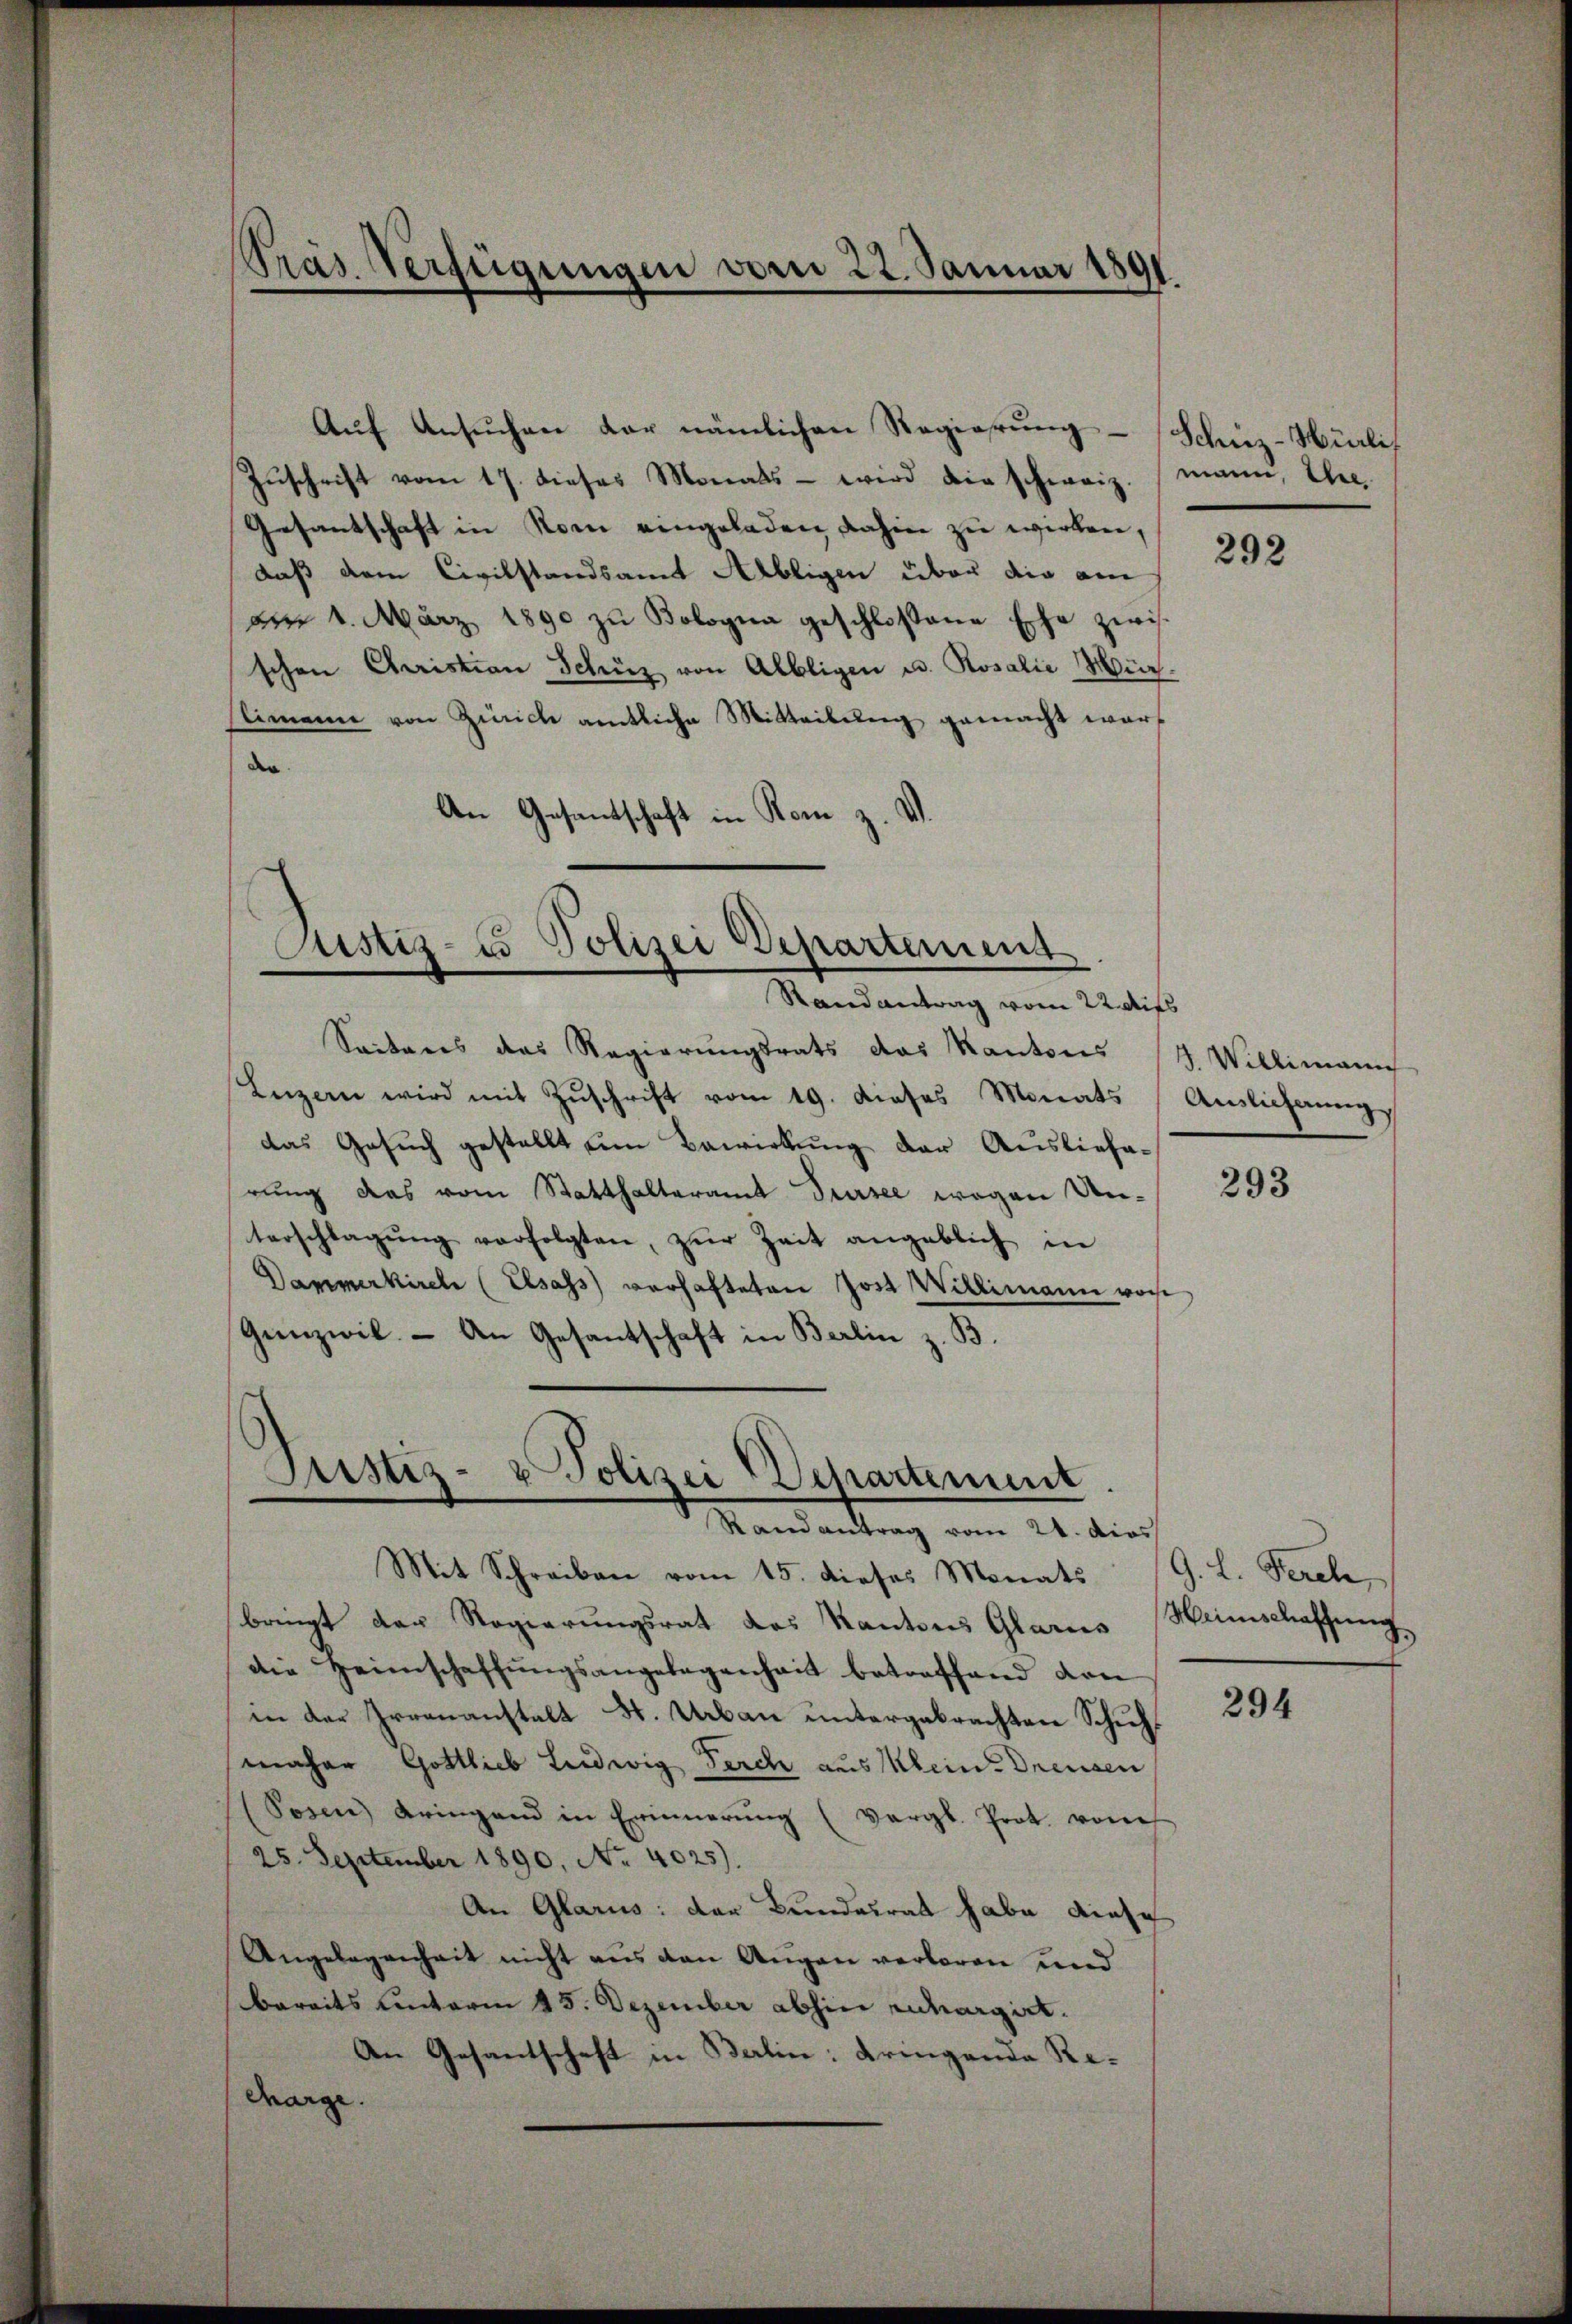
Zuschrift vom 17. dieses Monats - wird die schweiz. (mann, Ehe¬
Gesantschaft in Rom eingeladen dahin zu wirken,
daß dem Civilstandsamt Albligen über die am
am 4. März 1890 zu Bologna geschloßene Ehe zwis.
schen Christian Schüz von Albligen u. Rosalie Würstimme von Zürich amtliche Mitteilung gemacht warf
de
An Gesantschaft in Rom z. V.

Präs. Verfügungen vom 22. Januar 1891

Aŭf Ansuchen der nämlichen Regierung - Schüz-Hürli

Justiz- u Polizei Departement
Randantrag vom 22. Aufs

Justiz- & Polizei Departement.
Randantrag vom 24. dies

Seiteres das Regierungsrats das Kantons (4. Willimanch
Luzern wird mit Zŭschrift vom 19. dieses Monats
das Gesuch gestellt um Bewirkung der Auslieferung das vom Statthalteramt Sursee wegen Unterschlagŭng verfolgten, zŭr Zeit angeblich in
Danmerkirch (Elsass verhafteten Jost Willimann vor
Geezwil. – An Gesantschaft in Berlin z. B.

Mit Schreiben vom 15. dieses Monats (G. L. Ferch,
bringt der Regierungsrat des Kantons Glarus Heimschaffung
die Heimschaffŭngsangelegenheit betreffend dan
in der Irrenanstalt St. Urbau untergebrachten Schuhmaher Gottlieb Ludwig Furch aus Mein Dreusen,
(Posen bringend in Erinnerung (Vergl. Prot. von
25. September 1890, No. 4025).
An Glarus: der Bundesrat habe diese
Angelegenheit nicht aus den Augen verloren und
bereits unterm 15. Dezember abhin ruchargirt.
An Gesantschaft in Balin: Kringende Re¬
Charge.

292

Anslichnung

293

294